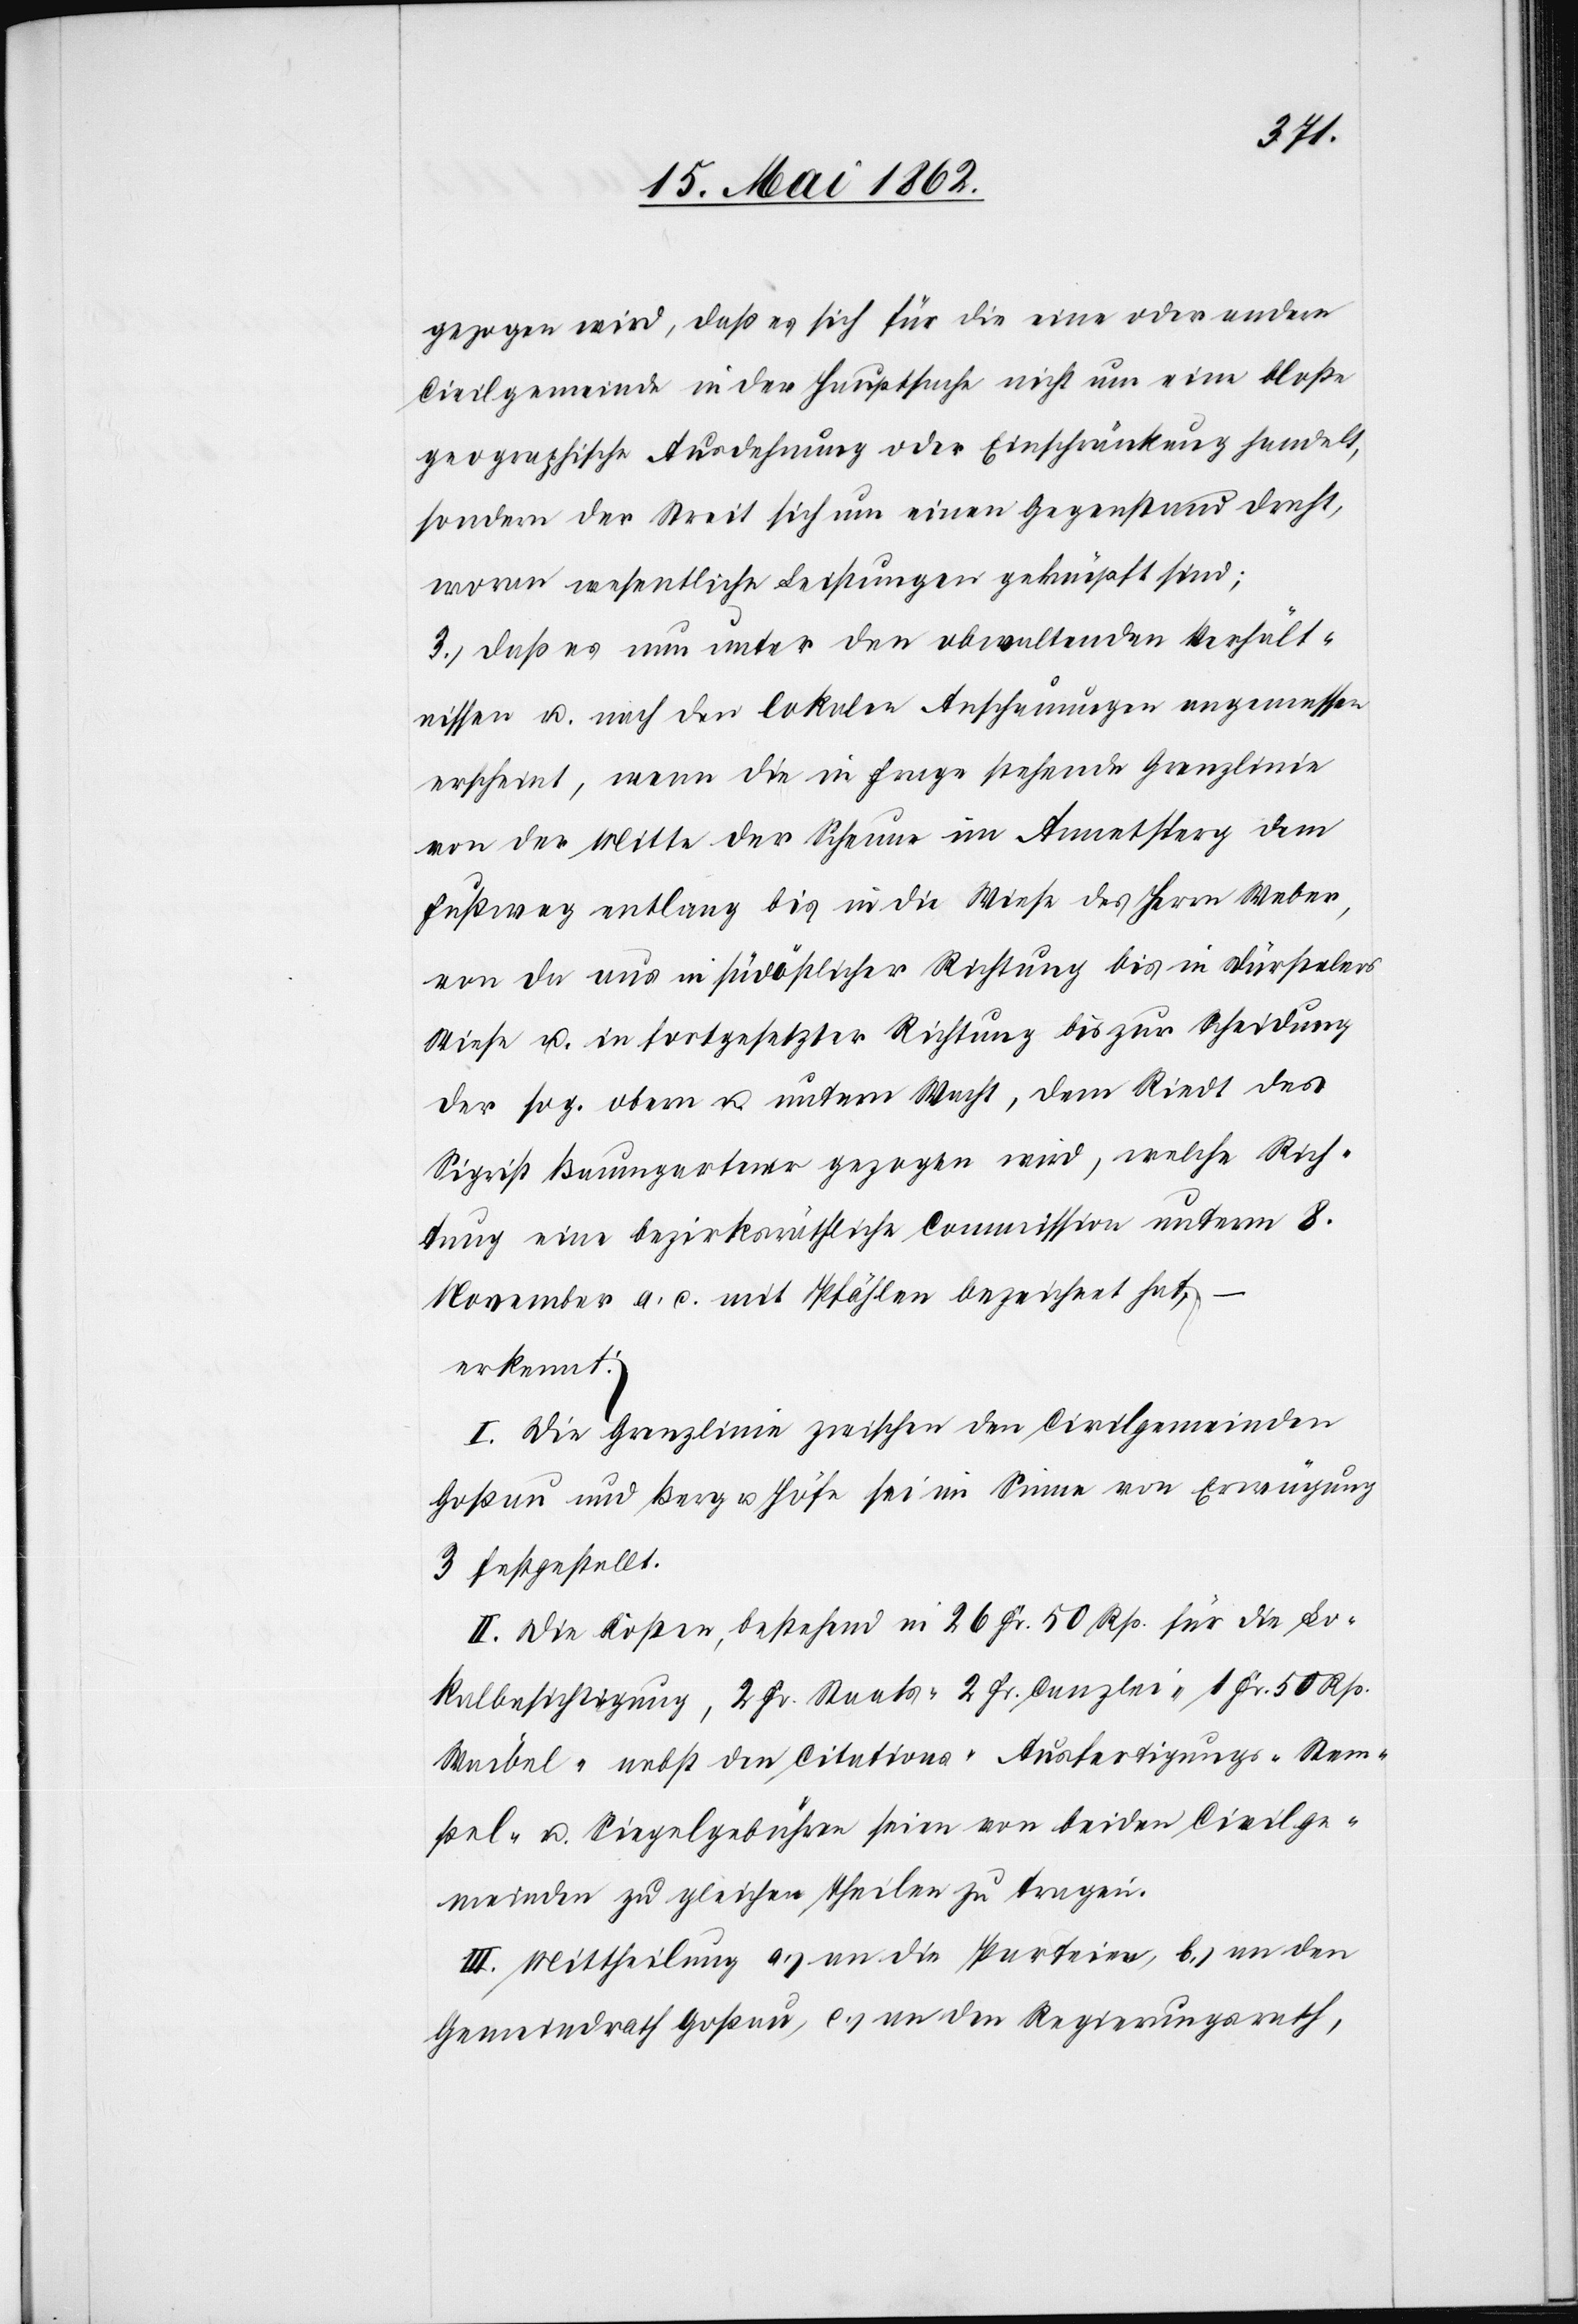
gezogen wird, daß es sich für die eine oder andere
Civilgemeinde in der Hauptsache nicht um eine bloße
geographische Ausdehnung oder Einschränkung gehandelt,
sondern der Streit sich um einen Gegenstand dreht,
woran wesentliche Leistungen geknüpft sind;
3) daß es nun unter den obwaltenden Verhält¬
nissen u. nach den lokalen Anschauungen angemessen
erscheint, wenn die in Frage stehende Grenzlinie
von der Mitte der Scheune im Annetsperg dem
Fußweg entlang bis in die Wiese des Herrn Weber,
von da aus in südöstlicher Richtung bis in Dürstelers
Wiese u. in fortgesetzter Richtung bis zur Scheidung
der sog. obern u. unterm Wacht, dem Riedt des
Sigrist Baumgartner gezogen wird, welche Rich¬
tung eine bezirksräthliche Commission unterm 8.
November a. c. mit Pfählen bezeichnet hat;
erkennt:
I. Die Grenzlinie zwischen den Civilgemeinden
Goßau und Berg u. Höfe sei im Sinne von Erwägung
3 festgestellt.
II. Die Kosten, bestehend in 26 Fr. 50 Rp. für die Lo¬
kalbesichtigung, 2 Fr. Staats-[,] 2 Fr. Canzlei-[,] 1 Fr. 50 Rp.
Waibel- nebst den Citations-[,] Ausfertigungs-[,] Stem¬
pel- u. Siegelgebühren seien von beiden Civilge¬
meinden zu gleichen Theilen zu tragen.
III. Mittheilung a) an die Parteien, b) an den
Gemeindrath Goßau, c) an den Regierungsrath,